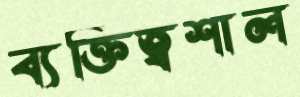
ব্যক্তিত্বশাল